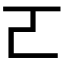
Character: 𠀀